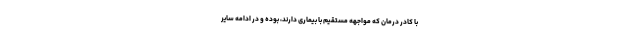
با کادر درمان که مواجهه مستقیم با بیماری دارند، بوده و در ادامه سایر